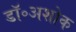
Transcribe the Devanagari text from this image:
डॉ॰अशोक